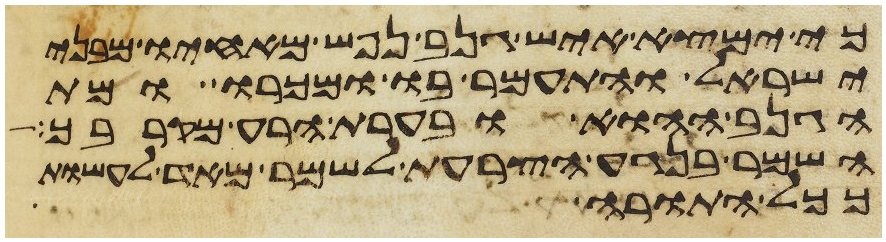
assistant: כי ימצא איש גנב נפש מאחיו מבני
ישראל והתעמר בו ומכרו ומת
הגנב ההוא ובערת הרע מקרבך
השמר בנגע הצרעת לשמר מאד לעשות
ככל התורה